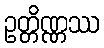
ဥတ္တိဏ္ဏဿ